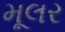
મૂલર